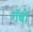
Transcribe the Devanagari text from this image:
गॅबो